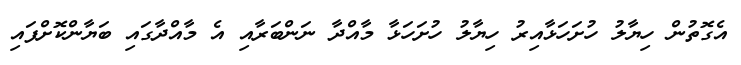
އެގޮތުން ހިޔާލު ހުށަހަޅާއިރު ހިޔާލު ހުށަހަޅާ މާއްދާ ނަންބަރާއި އެ މާއްދާގައި ބަޔާންކޮށްފައި